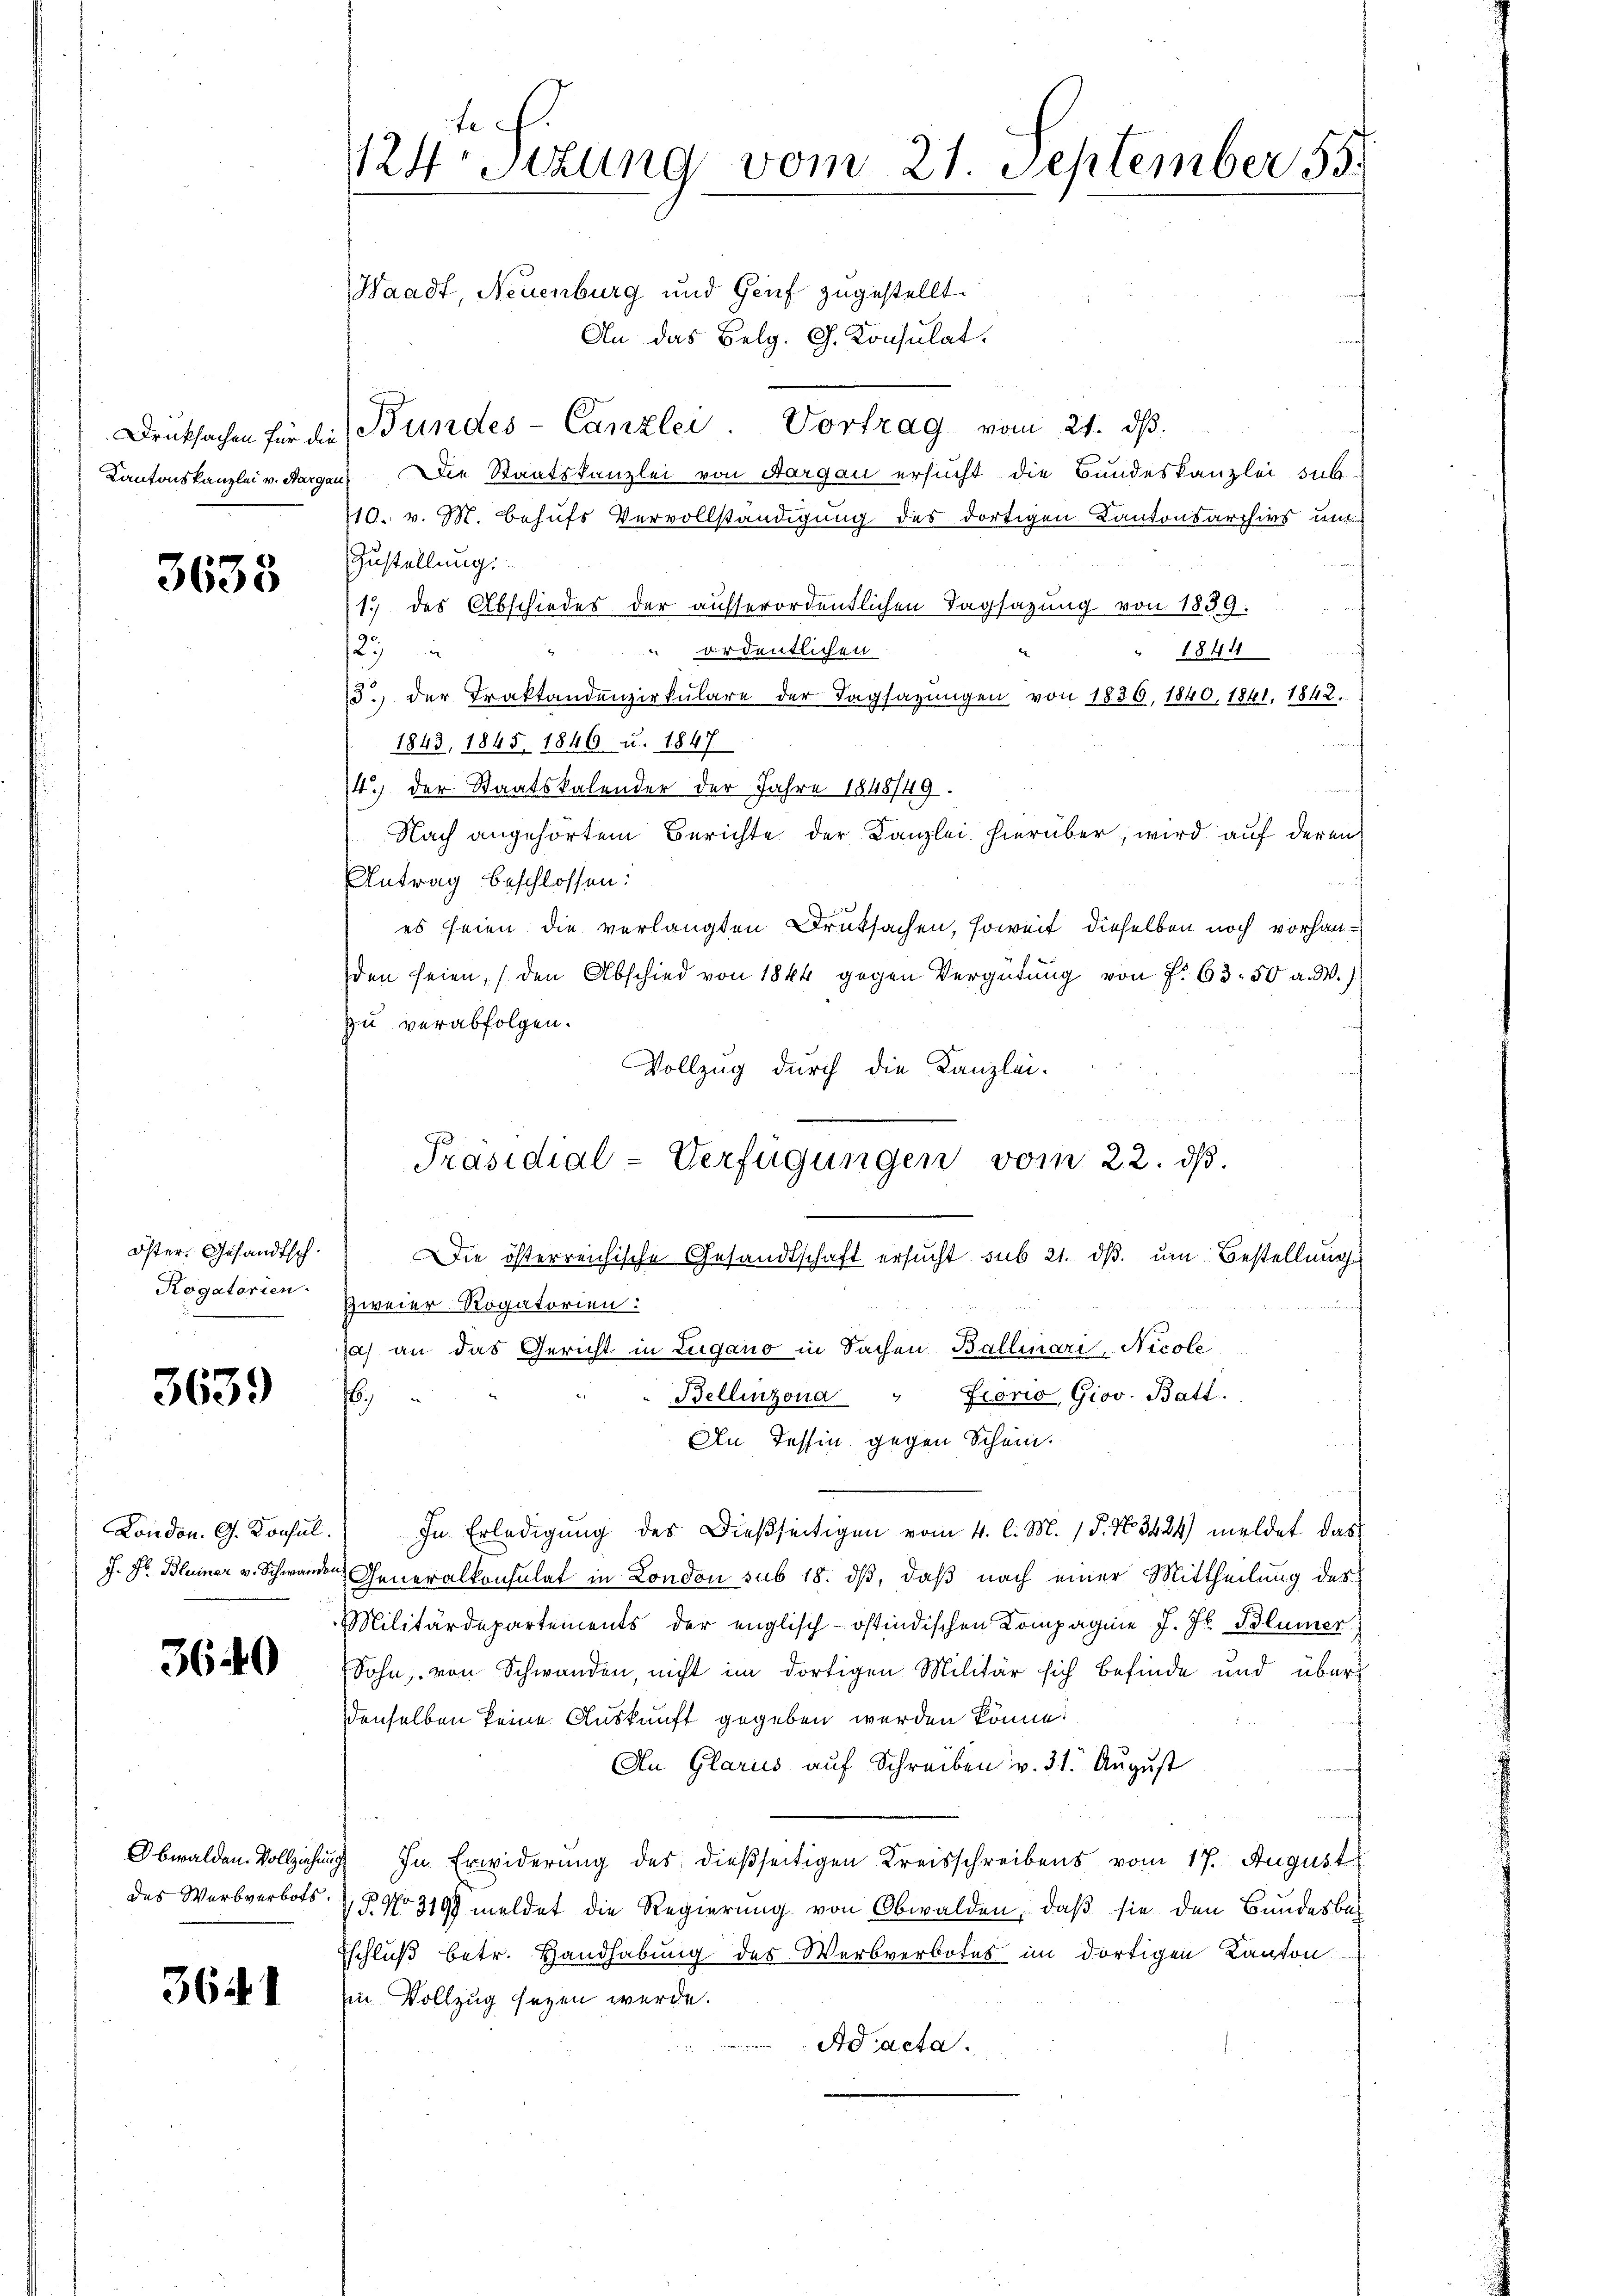
Druksachen für die

3638

öster. Gesandtsch.
Rogatorien-

3639

London. G. Konsul.
J. F. Bleiner v. Schwanden

3640

das Werbverbots.

36 f. 1

te
124. Sizung vom 21. September 55.

Waadt, Neuenburg und Genf zugestellt.
An das Belg. G. Konsulat.
Bundes-Canzlei. Vortrag vom 21. ds.
Kantonskanzlei v. Aargau, Die Staatskanzlei von Aargau ersucht die Bundeskanzlei sub-
110. v. M. behufs Vervollständigung des dortigen Kantonsarchivs um
Zustellung.
1.) des Abschiedes der ausserordentlichen Tagsazung von 1839.
 ordentlichen
27
1844
13.) der Traktandenzirkŭlare der Tagsazungen von 1830, 1840, 1841. 1842.
1843, 1845. 1846 u. 1847

14. der Staatskalender der Jahre 1848/49.
Nach angehörtem Berichte der Kanzlei hierüber, wird auf deren
Antrag beschlossen:
es seien die verlangten Druksachen, soweit dieselben noch vorhanden seien, den Abschied von 1844 gegen Vergütŭng von P. 63. 50 a. W.)
zu verabfolgen.
Vollzug durch die Kanzlei-
Präsidial-Verfügungen vom 22. ds.
Die österreichische Gesandtschaft ersucht sub 21. dβ. um Bestellung
Zweier Rogatorien:
sa) an das Gericht in Lugano in Sachen Ballinari, Nicole
Bellinzona " Fiorio, Giov. Batt.
6
An Tessin gegen Schein.
In Erledigung des Dießseitigen vom 4. l. M. 15. No. 3424) meldet das
Generalkonsulat in London sub 18. ds, daß nach einer Mittheilung des
Militärdepartements der englisch-östindischen Compagnie J. J. Blümer
Sohn, von Schwanden, nicht im dortigen Militär sich befinde und über
denselben keine Auskunft gegeben werden könne.
An Glarus auf Schreiben v. 31. August
Obwalden Vollziehung. In Erwiderung des dießseitigen Kreisschreibens vom 17. August
P. Nr. 319 meldet die Regierung von Obwalden, daß sie den Bundesbach
Eschluß betr. Handhabung des Werbverbotes im dortigen Kanton
Ein Vollzug sagen werde.
Ad acta.